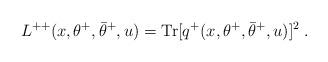
LaTeX: \begin{align*} L^{++}(x,\theta^+,\bar\theta^+,u) = {\rm Tr}[q^+(x,\theta^+,\bar\theta^+,u)]^2\;.\end{align*}